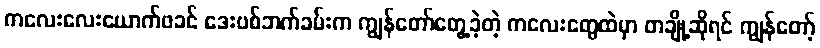
ကလေးလေးယောက်ဖခင် ဒေးဗစ်ဘက်ခမ်းက ကျွန်တော်တွေ့ခဲ့တဲ့ ကလေးတွေထဲမှာ တချို့ဆိုရင် ကျွန်တော့်